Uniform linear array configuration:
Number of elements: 4
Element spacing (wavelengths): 0.5
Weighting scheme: exponential
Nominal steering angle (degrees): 30
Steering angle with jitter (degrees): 30.663
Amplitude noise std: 0.05
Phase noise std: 0.05

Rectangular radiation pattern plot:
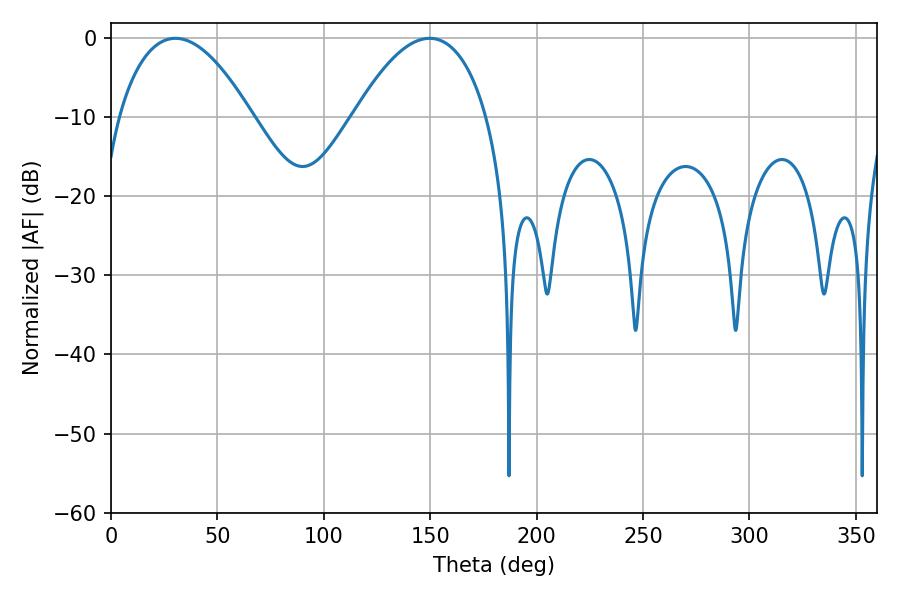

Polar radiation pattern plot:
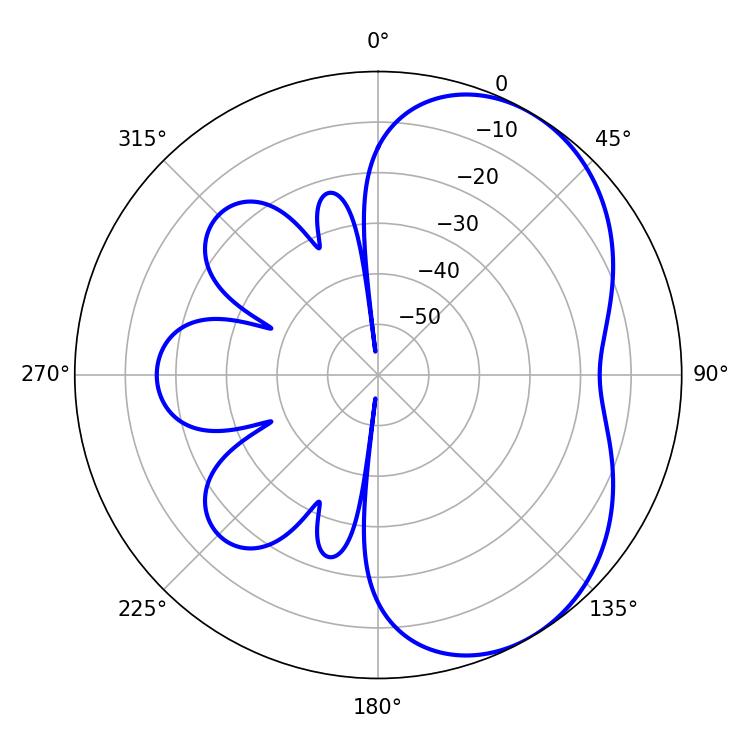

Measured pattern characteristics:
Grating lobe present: FALSE
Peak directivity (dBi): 4.704
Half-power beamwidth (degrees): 34.74
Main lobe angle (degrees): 30.24